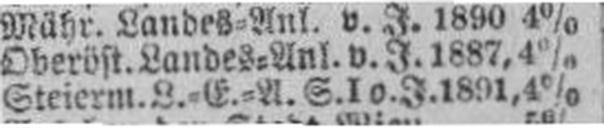
Steierm. L.=E.=A. S. I v. J. 1891, 4%